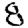
Digit: 8